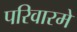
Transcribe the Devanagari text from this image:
परिवारमे